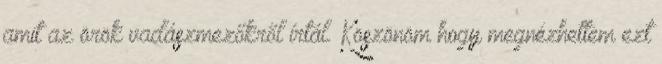
amit az örök vadászmezőkről írtál. Köszönöm hogy megnézhettem ezt